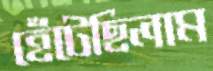
হেঁটেছিলাম